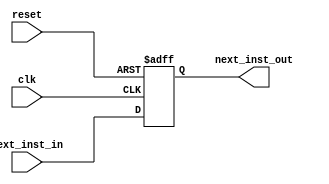
`timescale 1ns / 1ps
module PC(
	input [31:0] next_inst_in,
	input clk,
	input reset,
	output reg [31:0] next_inst_out
);

always @ (posedge clk or posedge reset) 
	begin
		if(reset == 1)
			next_inst_out <= 0;
		else
			next_inst_out <= next_inst_in;
	end
endmodule